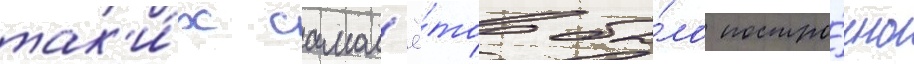
так'и́х самол'ё́тов бы́ло постро́ено